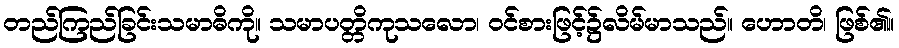
တည်ကြည်ခြင်းသမာဓိကို။ သမာပတ္တိကုသလော၊ ဝင်စားဖြင့်၌လိမ်မာသည်။ ဟောတိ၊ ဖြစ်၏။